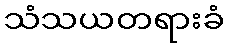
သံသယတရားခံ